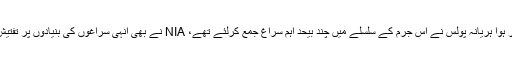
جیسا کہ اوپر ذکر ہوا ہریانہ پولس نے اس جرم کے سلسلے میں چند بیحد اہم سراغ جمع کرلئے تھے، NIA نے بھی انہی سراغوں کی بنیادوں پر تفتیش کو آگے بڑھایا۔